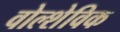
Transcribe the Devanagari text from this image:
वोल्शेविक